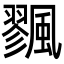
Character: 𩘷